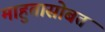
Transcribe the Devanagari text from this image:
माहुतासोबत